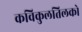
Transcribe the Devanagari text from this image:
कविकुलतिलको